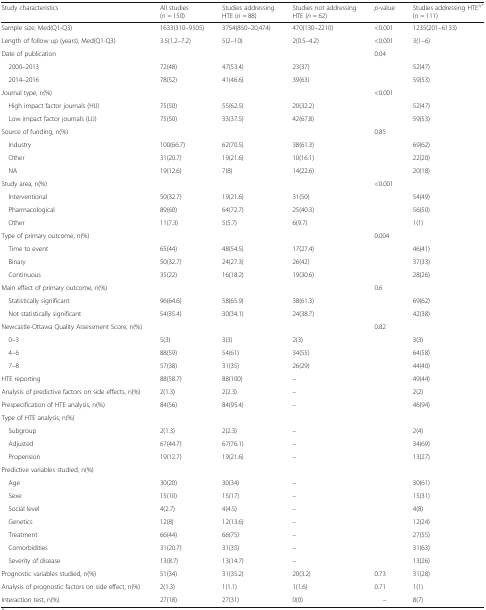
<table><thead><tr><td><b>Study characteristics</b></td><td><b>All studies(<i>n</i> = 150)</b></td><td><b>Studies addressingHTE (<i>n</i> = 88)</b></td><td><b>Studies not addressingHTE (<i>n</i> = 62)</b></td><td><b><i>p</i>-value</b></td><td><b>Studies addressing HTE<sup>a,*</sup> (<i>n</i> = 111)</b></td></tr></thead><tbody><tr><td>Sample size, Med(Q1-Q3)</td><td>1633(310–9505)</td><td>3754(850–20,474)</td><td>470(130–2210)</td><td>&lt;0.001</td><td>1235(201–6133)</td></tr><tr><td>Length of follow up (years), Med(Q1-Q3)</td><td>3.5(1.2–7.2)</td><td>5(2–10)</td><td>2(0.5–4.2)</td><td>&lt;0.001</td><td>3(1–6)</td></tr><tr><td>Date of publication</td><td></td><td></td><td></td><td>0.04</td><td></td></tr><tr><td> 2000–2013</td><td>72(48)</td><td>47(53.4)</td><td>23(37)</td><td></td><td>52(47)</td></tr><tr><td> 2014–2016</td><td>78(52)</td><td>41(46.6)</td><td>39(63)</td><td></td><td>59(53)</td></tr><tr><td>Journal type, n(%)</td><td></td><td></td><td></td><td>&lt;0.001</td><td></td></tr><tr><td> High impact factor journals (HIJ)</td><td>75(50)</td><td>55(62.5)</td><td>20(32.2)</td><td></td><td>52(47)</td></tr><tr><td> Low impact factor journals (LIJ)</td><td>75(50)</td><td>33(37.5)</td><td>42(67.8)</td><td></td><td>59(53)</td></tr><tr><td>Source of funding, n(%)</td><td></td><td></td><td></td><td>0.85</td><td></td></tr><tr><td> Industry</td><td>100(66.7)</td><td>62(70.5)</td><td>38(61.3)</td><td></td><td>69(62)</td></tr><tr><td> Other</td><td>31(20.7)</td><td>19(21.6)</td><td>10(16.1)</td><td></td><td>22(20)</td></tr><tr><td> NA</td><td>19(12.6)</td><td>7(8)</td><td>14(22.6)</td><td></td><td>20(18)</td></tr><tr><td>Study area, n(%)</td><td></td><td></td><td></td><td>&lt;0.001</td><td></td></tr><tr><td> Interventional</td><td>50(32.7)</td><td>19(21.6)</td><td>31(50)</td><td></td><td>54(49)</td></tr><tr><td> Pharmacological</td><td>89(60)</td><td>64(72.7)</td><td>25(40.3)</td><td></td><td>56(50)</td></tr><tr><td> Other</td><td>11(7.3)</td><td>5(5.7)</td><td>6(9.7)</td><td></td><td>1(1)</td></tr><tr><td>Type of primary outcome, n(%)</td><td></td><td></td><td></td><td>0.004</td><td></td></tr><tr><td> Time to event</td><td>65(44)</td><td>48(54.5)</td><td>17(27.4)</td><td></td><td>46(41)</td></tr><tr><td> Binary</td><td>50(32.7)</td><td>24(27.3)</td><td>26(42)</td><td></td><td>37(33)</td></tr><tr><td> Continuous</td><td>35(22)</td><td>16(18.2)</td><td>19(30.6)</td><td></td><td>28(26)</td></tr><tr><td>Main effect of primary outcome, n(%)</td><td></td><td></td><td></td><td>0.6</td><td></td></tr><tr><td> Statistically significant</td><td>96(64.6)</td><td>58(65.9)</td><td>38(61.3)</td><td></td><td>69(62)</td></tr><tr><td> Not statistically significant</td><td>54(35.4)</td><td>30(34.1)</td><td>24(38.7)</td><td></td><td>42(38)</td></tr><tr><td>Newcastle-Ottawa Quality Assessment Score, n(%)</td><td></td><td></td><td></td><td>0.82</td><td></td></tr><tr><td> 0–3</td><td>5(3)</td><td>3(3)</td><td>2(3)</td><td></td><td>3(3)</td></tr><tr><td> 4–6</td><td>88(59)</td><td>54(61)</td><td>34(55)</td><td></td><td>64(58)</td></tr><tr><td> 7–8</td><td>57(38)</td><td>31(35)</td><td>26(29)</td><td></td><td>44(40)</td></tr><tr><td>HTE reporting</td><td>88(58.7)</td><td>88(100)</td><td>–</td><td></td><td>49(44)</td></tr><tr><td>Analysis of predictive factors on side effects, n(%)</td><td>2(1.3)</td><td>2(2.3)</td><td>–</td><td></td><td>2(2)</td></tr><tr><td>Prespecification of HTE analysis, n(%)</td><td>84(56)</td><td>84(95.4)</td><td>–</td><td></td><td>46(94)</td></tr><tr><td>Type of HTE analysis, n(%)</td><td></td><td></td><td></td><td></td><td></td></tr><tr><td> Subgroup</td><td>2(1.3)</td><td>2(2.3)</td><td>–</td><td></td><td>2(4)</td></tr><tr><td> Adjusted</td><td>67(44.7)</td><td>67(76.1)</td><td>–</td><td></td><td>34(69)</td></tr><tr><td> Propension</td><td>19(12.7)</td><td>19(21.6)</td><td>–</td><td></td><td>13(27)</td></tr><tr><td>Predictive variables studied, n(%)</td><td></td><td></td><td></td><td></td><td></td></tr><tr><td> Age</td><td>30(20)</td><td>30(34)</td><td>–</td><td></td><td>30(61)</td></tr><tr><td> Sexe</td><td>15(10)</td><td>15(17)</td><td>–</td><td></td><td>15(31)</td></tr><tr><td> Social level</td><td>4(2.7)</td><td>4(4.5)</td><td>–</td><td></td><td>4(8)</td></tr><tr><td> Genetics</td><td>12(8)</td><td>12(13.6)</td><td>–</td><td></td><td>12(24)</td></tr><tr><td> Treatment</td><td>66(44)</td><td>66(75)</td><td>–</td><td></td><td>27(55)</td></tr><tr><td> Comorbidities</td><td>31(20.7)</td><td>31(35)</td><td>–</td><td></td><td>31(63)</td></tr><tr><td> Severity of disease</td><td>13(8.7)</td><td>13(14.7)</td><td>–</td><td></td><td>13(26)</td></tr><tr><td>Prognostic variables studied, n(%)</td><td>51(34)</td><td>31(35.2)</td><td>20(3.2)</td><td>0.73</td><td>31(28)</td></tr><tr><td>Analysis of prognostic factors on side effect, n(%)</td><td>2(1.3)</td><td>1(1.1)</td><td>1(1.6)</td><td>0.71</td><td>1(1)</td></tr><tr><td>Interaction test, n(%)</td><td>27(18)</td><td>27(31)</td><td>0(0)</td><td>–</td><td>8(7)</td></tr></tbody></table>